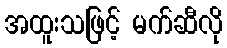
အထူးသဖြင့် မက်ဆီလို